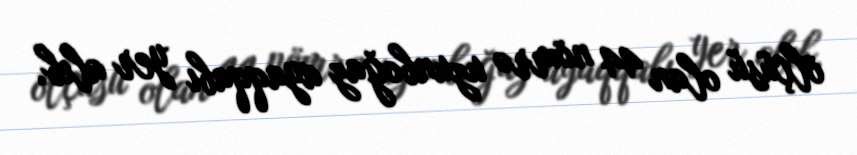
ölçüsü olan 44 nömrə uzunboğaz ayaqqabı yer alıb.